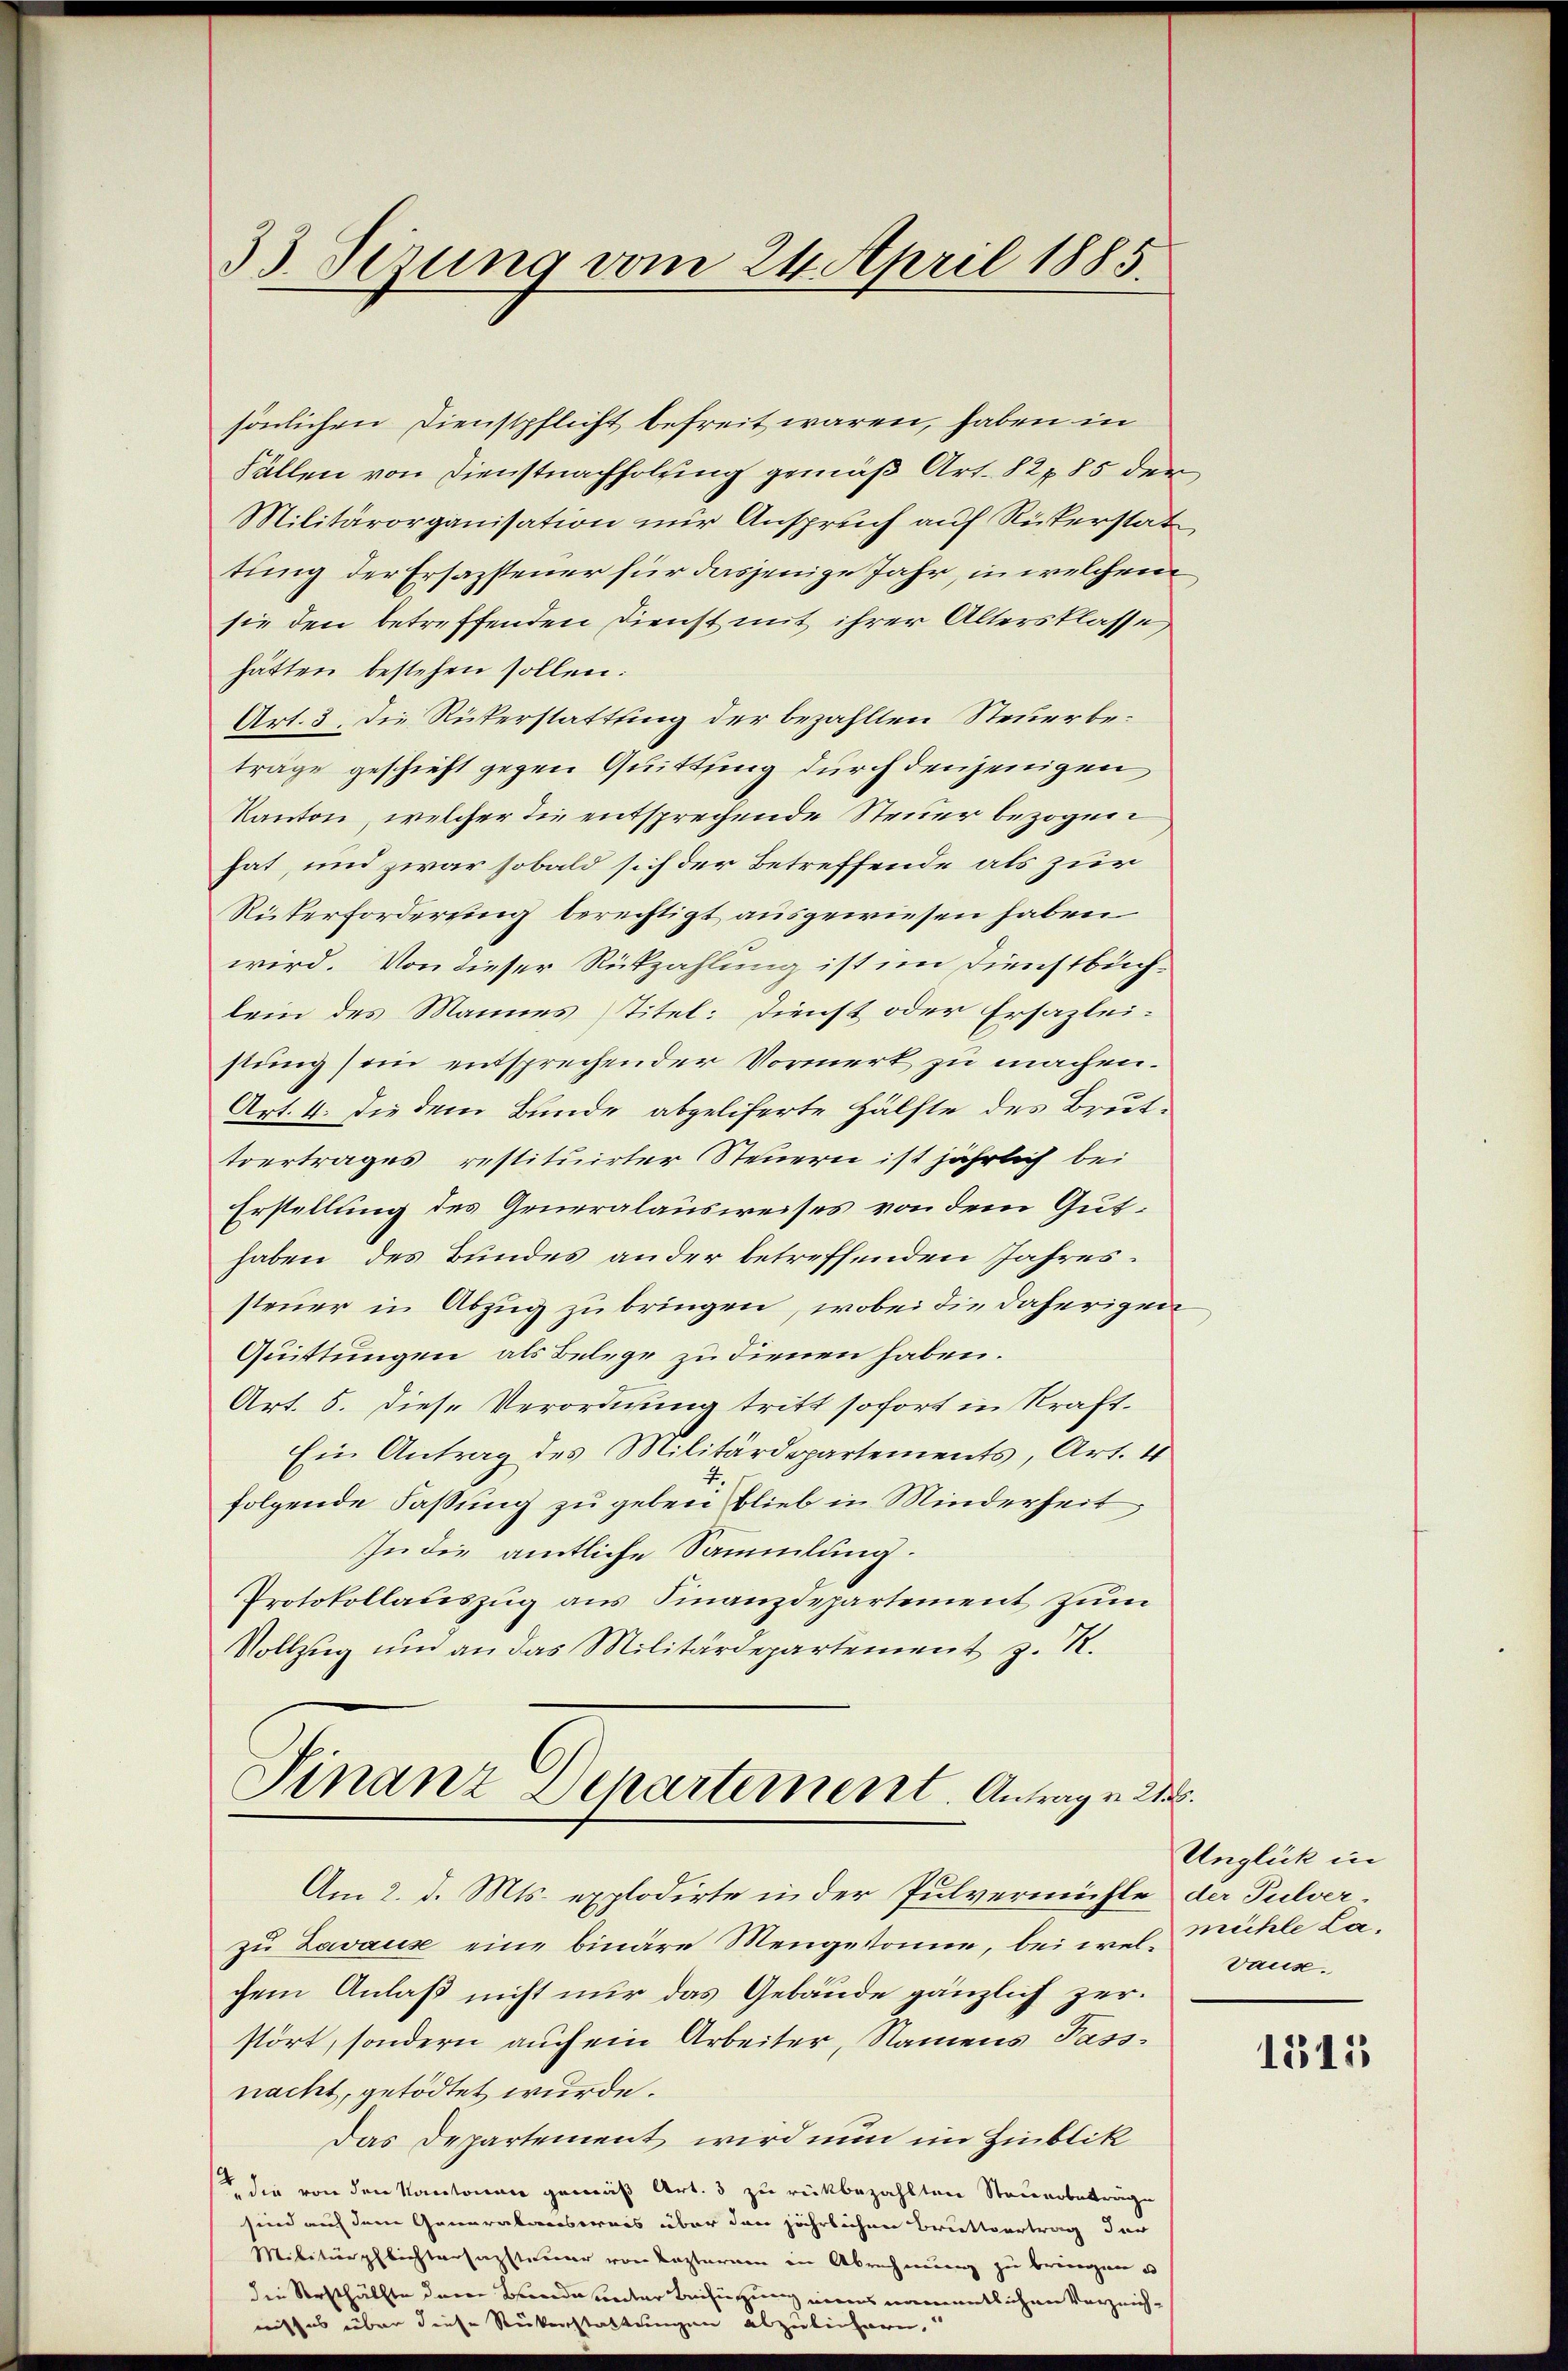
sönlichen Dienstpflicht befreit waren, haben in
Fällen von Dienstnachholung gemäß Art. 82785 der
Militärorganisation nur Anspruch auf Rükerstat
tung der Ersazsteuer für dasjenige Jahr, in welchem
sie den betreffenden Dienst mit ihrer Altersklasse
hätten bestehen sollen:
Art. 3. Die Rükerstattung der bezahlten Steuerbeträge geschieht gegen Quittung durch denjenigen
Kanton, welcher die entsprechende Steuer bezogen
hat, und zwar sobald sich der Betreffende als zur
Rickerforderging berechtigt ausgewiesen haben.
wird. Von dieser Rückzahlung ist im Dienstbuchlein des Mannes (Titel: Dienst oder Ersazleistung sein entsprechender Vormerk zu machen.
Art. 4. die dem Bunde abgeliferte Hälfte des Bruttvertrages restituirter Steuern ist jährlich bei
Erstellung des Generalausweises von dem Guthaben des Bundes ander betreffenden Jahressteuer in Abzug zu bringen, wobei die daherigen
Quittungen als Belege zu dienen haben.
Art. 5. diese Verordnung tritt sofort in Kraft.
Ein Antrag des Militärdepartements, Art. 4
folgende Fassung zu geben blieb in Minderheit,
In die amtliche Sammlung.
Protokollauszug aus Finanzdepartement zum
Vollzug und an das Militärdepartement z. R.

33. Sizung vom 24. April 1885

Finanz Departement. Antragen 21.

Am 2. d. Mts. explodirte in der Pulvermühle der Pulver-
zu Zavaus eine binare Mengesanne, bei welchem Anlaß nicht nur das Gebäude gänzlich zerstört, sondern auch ein Arbeiter, Namens Passnacht, getödtet wurde.
Das Departement wird nun im Hinblik
 die von den Kantonen gemäß Art. 3 zu rückbezahlten Staderobetrage
sind auf dem Generalansweis über den jährlichen Briettvertrag der
Militärpflichtersagsteuer von Lezterem in Abrechnung zu bringen u
die Seesthälfte deren Bunde unter Beifügung eines namentlichen Verzeiches über diese Rückerstattungen abzulichern.
mit

Unglück in
mühle La¬
Daus.

2
9

1315